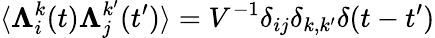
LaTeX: \langle\boldsymbol{\Lambda}_{i}^{k}(t)\boldsymbol{\Lambda}_{j}^{k^{\prime}}(t^{\prime})\rangle=V^{-1}\delta_{ij}\delta_{k,k^{\prime}}\delta(t-t^{\prime})